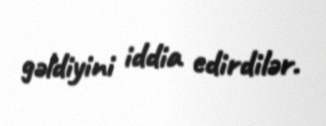
gəldiyini iddia edirdilər.